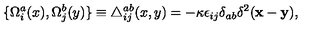
\{ \Omega _ { i } ^ { a } ( x ) , \Omega _ { j } ^ { b } ( y ) \} \equiv \triangle _ { i j } ^ { a b } ( x , y ) = - \kappa \epsilon _ { i j } \delta _ { a b } \delta ^ { 2 } ( { \bf x } - { \bf y } ) ,